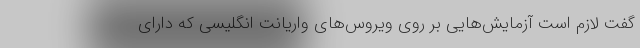
گفت لازم است آزمایش‌هایی بر روی ویروس‌های واریانت انگلیسی که دارای